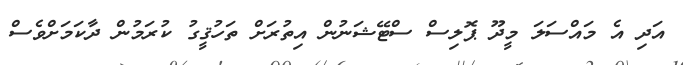
އަދި އެ މައްސަލަ މީދޫ ޕޮލިސް ސްޓޭޝަނުން އިތުރަށް ތަހުޤީގު ކުރަމުން ދާކަމަށްވެސް